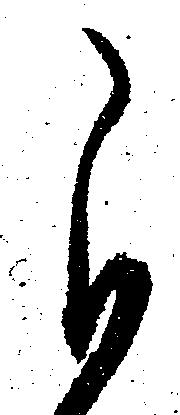
自